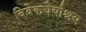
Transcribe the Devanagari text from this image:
विवेकधैर्याश्रय